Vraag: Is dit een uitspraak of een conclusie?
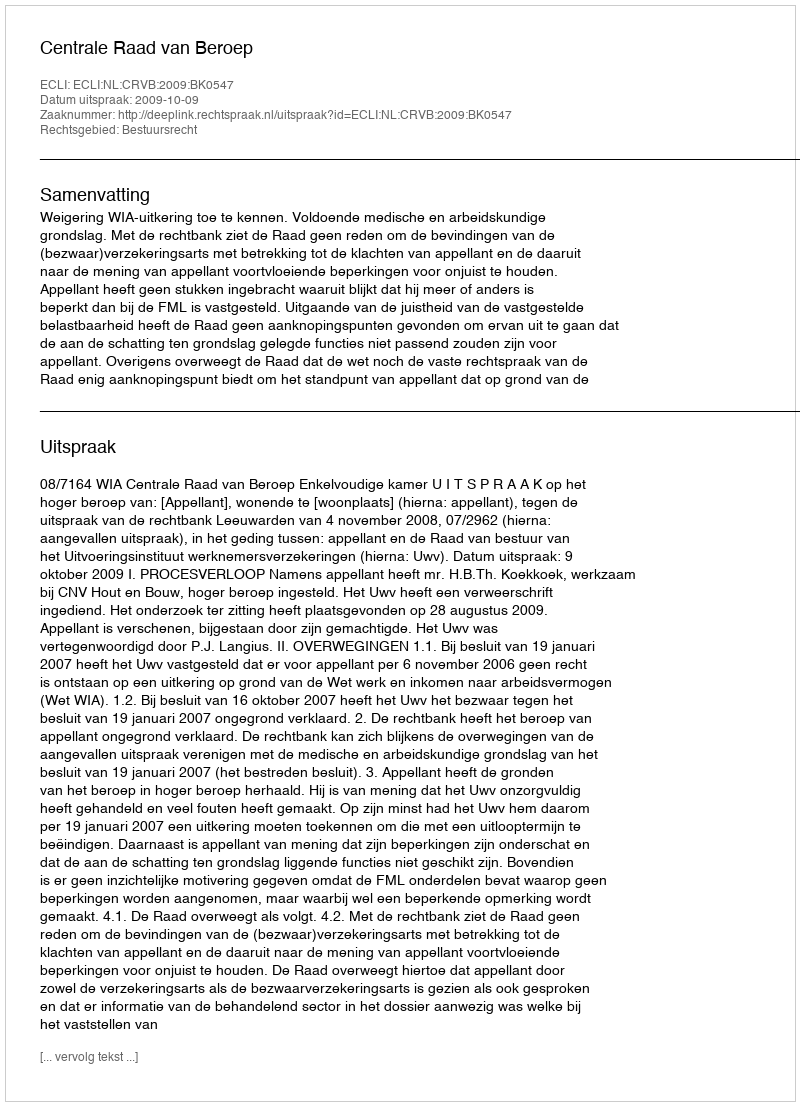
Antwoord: Uitspraak